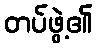
တပ်ဖွဲ့၏